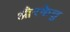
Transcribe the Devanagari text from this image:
औरकेतु